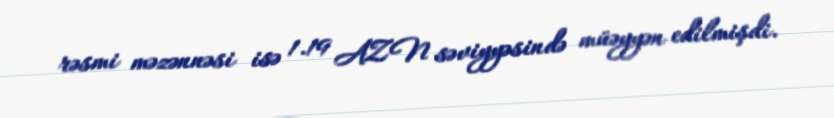
rəsmi məzənnəsi isə 1.19 AZN səviyyəsində müəyyən edilmişdi.